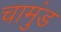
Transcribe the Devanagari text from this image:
चामुंड